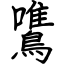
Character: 鷕